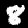
Label: 8